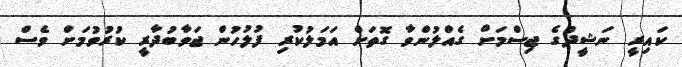
ކައިރީ ނަޝީދުގެ ޖިސްމަށް ގެއްލުންވާ ގޮތަށް އަމަލުކުރި ފުލުހުން ޖަވާބުދާރީ ކުރުވުމަށް ވެސް